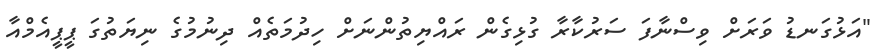
"އަޅުގަނޑު ވަރަށް ވިސްނާފަ ސަރުކާރާ ގުޅިގެން ރައްޔިތުންނަށް ހިދުމަތެއް ދިނުމުގެ ނިޔަތުގަ ޕީޕީއެމްއާ